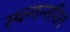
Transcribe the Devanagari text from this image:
स्थनान्तरित